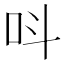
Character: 呌